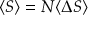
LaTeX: \langle S \rangle = N \langle \Delta S \rangle